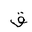
Letter: _qaf